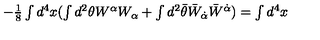
- \textstyle { \frac { 1 } { 8 } } \int d ^ { 4 } x ( \int d ^ { 2 } \theta W ^ { \alpha } W _ { \alpha } + \int d ^ { 2 } \bar { \theta } \bar { W } _ { \dot { \alpha } } \bar { W } ^ { \dot { \alpha } } ) = \int d ^ { 4 } x ~